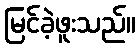
မြင်ခဲ့ဖူးသည်။